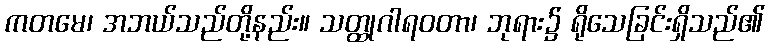
ကတမေ၊ အဘယ်သည်တို့နည်း။ သတ္ထုဂါရဝတာ၊ ဘုရား၌ ရိုသေခြင်းရှိသည်၏